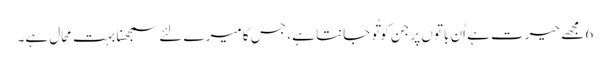
6 مجھے حیرت ہے اُن باتوں پر جن کو تُو جانتا ہے ، جس کا میرے لئے سمجھنا بہت مُحال ہے۔